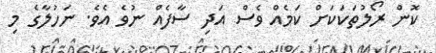
ކޮން ރޯލުތަކަކަށް ކަމެއް ވެސް އަދި ސާފެއް ނުވެ އެވެ. ނަހުލާގެ މި